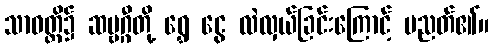
သာဝတ္ထိ၌ ဆဗ္ဗဂ္ဂီတို့ ရွှေ ငွေ လဲလှယ်ခြင်းကြောင့် ပညတ်၏။